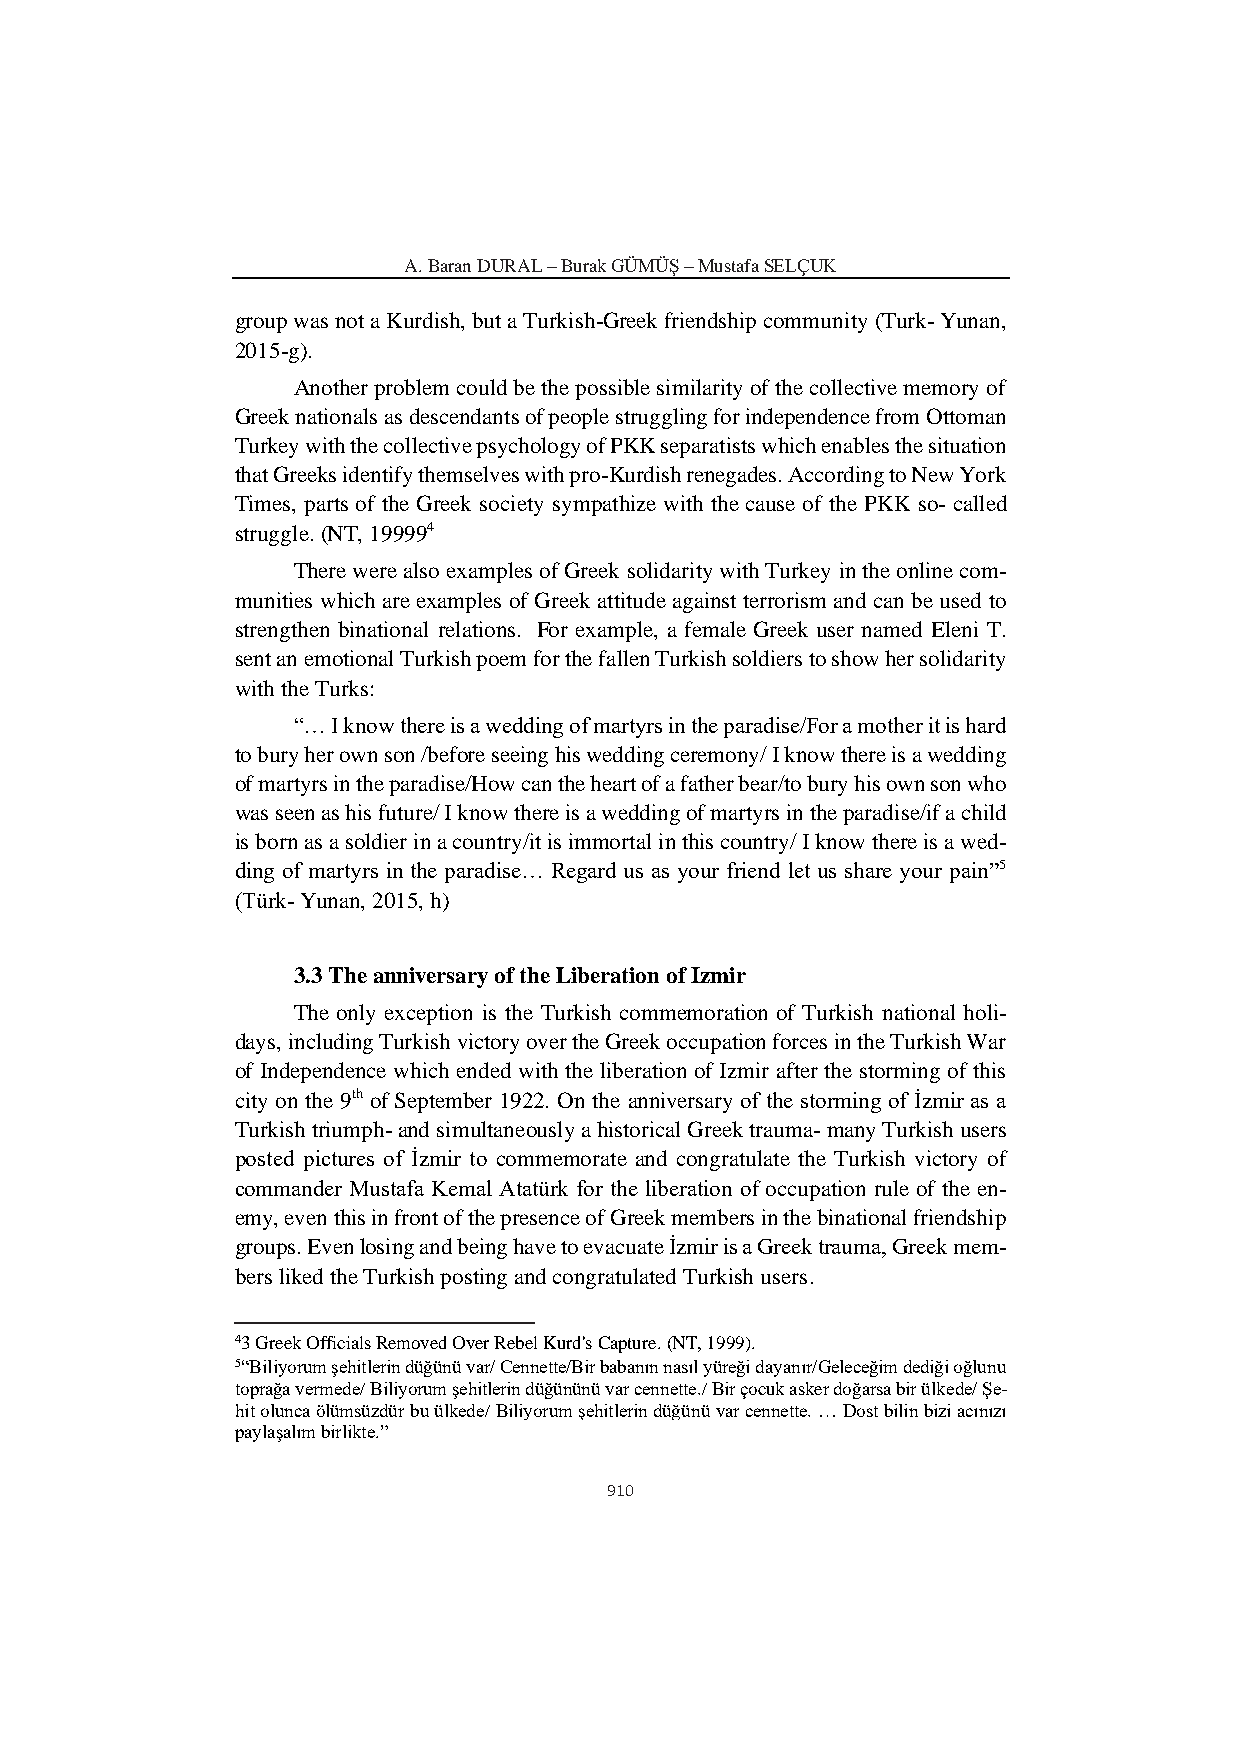
A. Baran DURAL – Burak GÜMÜŞ – Mustafa SELÇUK
 group was not a Kurdish, but a Turkish-Greek friendship community (Turk- Yunan,
 2015-g).
 Another problem could be the possible similarity of the collective memory of
 Greek nationals as descendants of people struggling for independence from Ottoman
 Turkey with the collective psychology of PKK separatists which enables the situation
 that Greeks identify themselves with pro-Kurdish renegades. According to New York
 Times, parts of the Greek society sympathize with the cause of the PKK so- called
 struggle. (NT, 199994
 There were also examples of Greek solidarity with Turkey in the online com-
 munities which are examples of Greek attitude against terrorism and can be used to
 strengthen binational relations. For example, a female Greek user named Eleni T.
 sent an emotional Turkish poem for the fallen Turkish soldiers to show her solidarity
 with the Turks:
 “… I know there is a wedding of martyrs in the paradise/For a mother it is hard
 to bury her own son /before seeing his wedding ceremony/ I know there is a wedding
 of martyrs in the paradise/How can the heart of a father bear/to bury his own son who
 was seen as his future/ I know there is a wedding of martyrs in the paradise/if a child
 is born as a soldier in a country/it is immortal in this country/ I know there is a wed-
 ding of martyrs in the paradise… Regard us as your friend let us share your pain”5
 (Türk- Yunan, 2015, h)
 3.3 The anniversary of the Liberation of Izmir
 The only exception is the Turkish commemoration of Turkish national holi-
 days, including Turkish victory over the Greek occupation forces in the Turkish War
 of Independence which ended with the liberation of Izmir after the storming of this
 city on the 9th of September 1922. On the anniversary of the storming of İzmir as a
 Turkish triumph- and simultaneously a historical Greek trauma- many Turkish users
 posted pictures of İzmir to commemorate and congratulate the Turkish victory of
 commander Mustafa Kemal Atatürk for the liberation of occupation rule of the en-
 emy, even this in front of the presence of Greek members in the binational friendship
 groups. Even losing and being have to evacuate İzmir is a Greek trauma, Greek mem-
 bers liked the Turkish posting and congratulated Turkish users.
 43 Greek Officials Removed Over Rebel Kurd's Capture. (NT, 1999).
 5“Biliyorum şehitlerin düğünü var/ Cennette/Bir babanın nasıl yüreği dayanır/Geleceğim dediği oğlunu
 toprağa vermede/ Biliyorum şehitlerin düğününü var cennette./ Bir çocuk asker doğarsa bir ülkede/ Şe-
 hit olunca ölümsüzdür bu ülkede/ Biliyorum şehitlerin düğünü var cennette. … Dost bilin bizi acınızı
 paylaşalım birlikte.”
 910